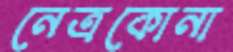
নেত্রকোনা